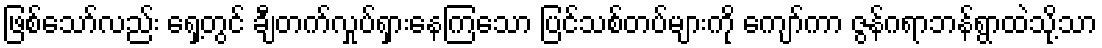
ဖြစ်သော်လည်း ရှေ့တွင် ချီတက်လှုပ်ရှားနေကြသော ပြင်သစ်တပ်များကို ကျော်ကာ ဇွန်ဂရာဘန်ရွာထဲသို့သာ